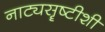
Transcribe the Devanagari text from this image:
नाट्यसॄष्टीशी